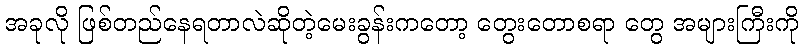
အခုလို ဖြစ်တည်နေရတာလဲဆိုတဲ့မေးခွန်းကတော့ တွေးတောစရာ တွေ အများကြီးကို